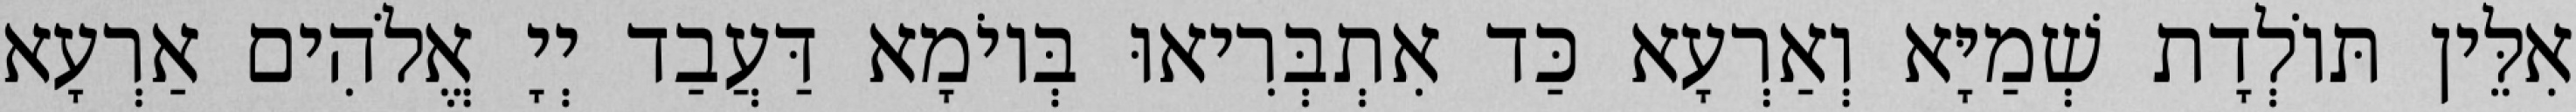
אִלֵּין תּוֹלְדָת שְׁמַיָּא וְאַרְעָא כַּד אִתְבְּרִיאוּ בְּיוֹמָא דַּעֲבַד יְיָ אֱלֹהִים אַרְעָא